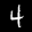
Label: 4